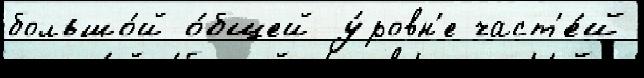
большо́й о́бщей у́ровн'е част'е́й